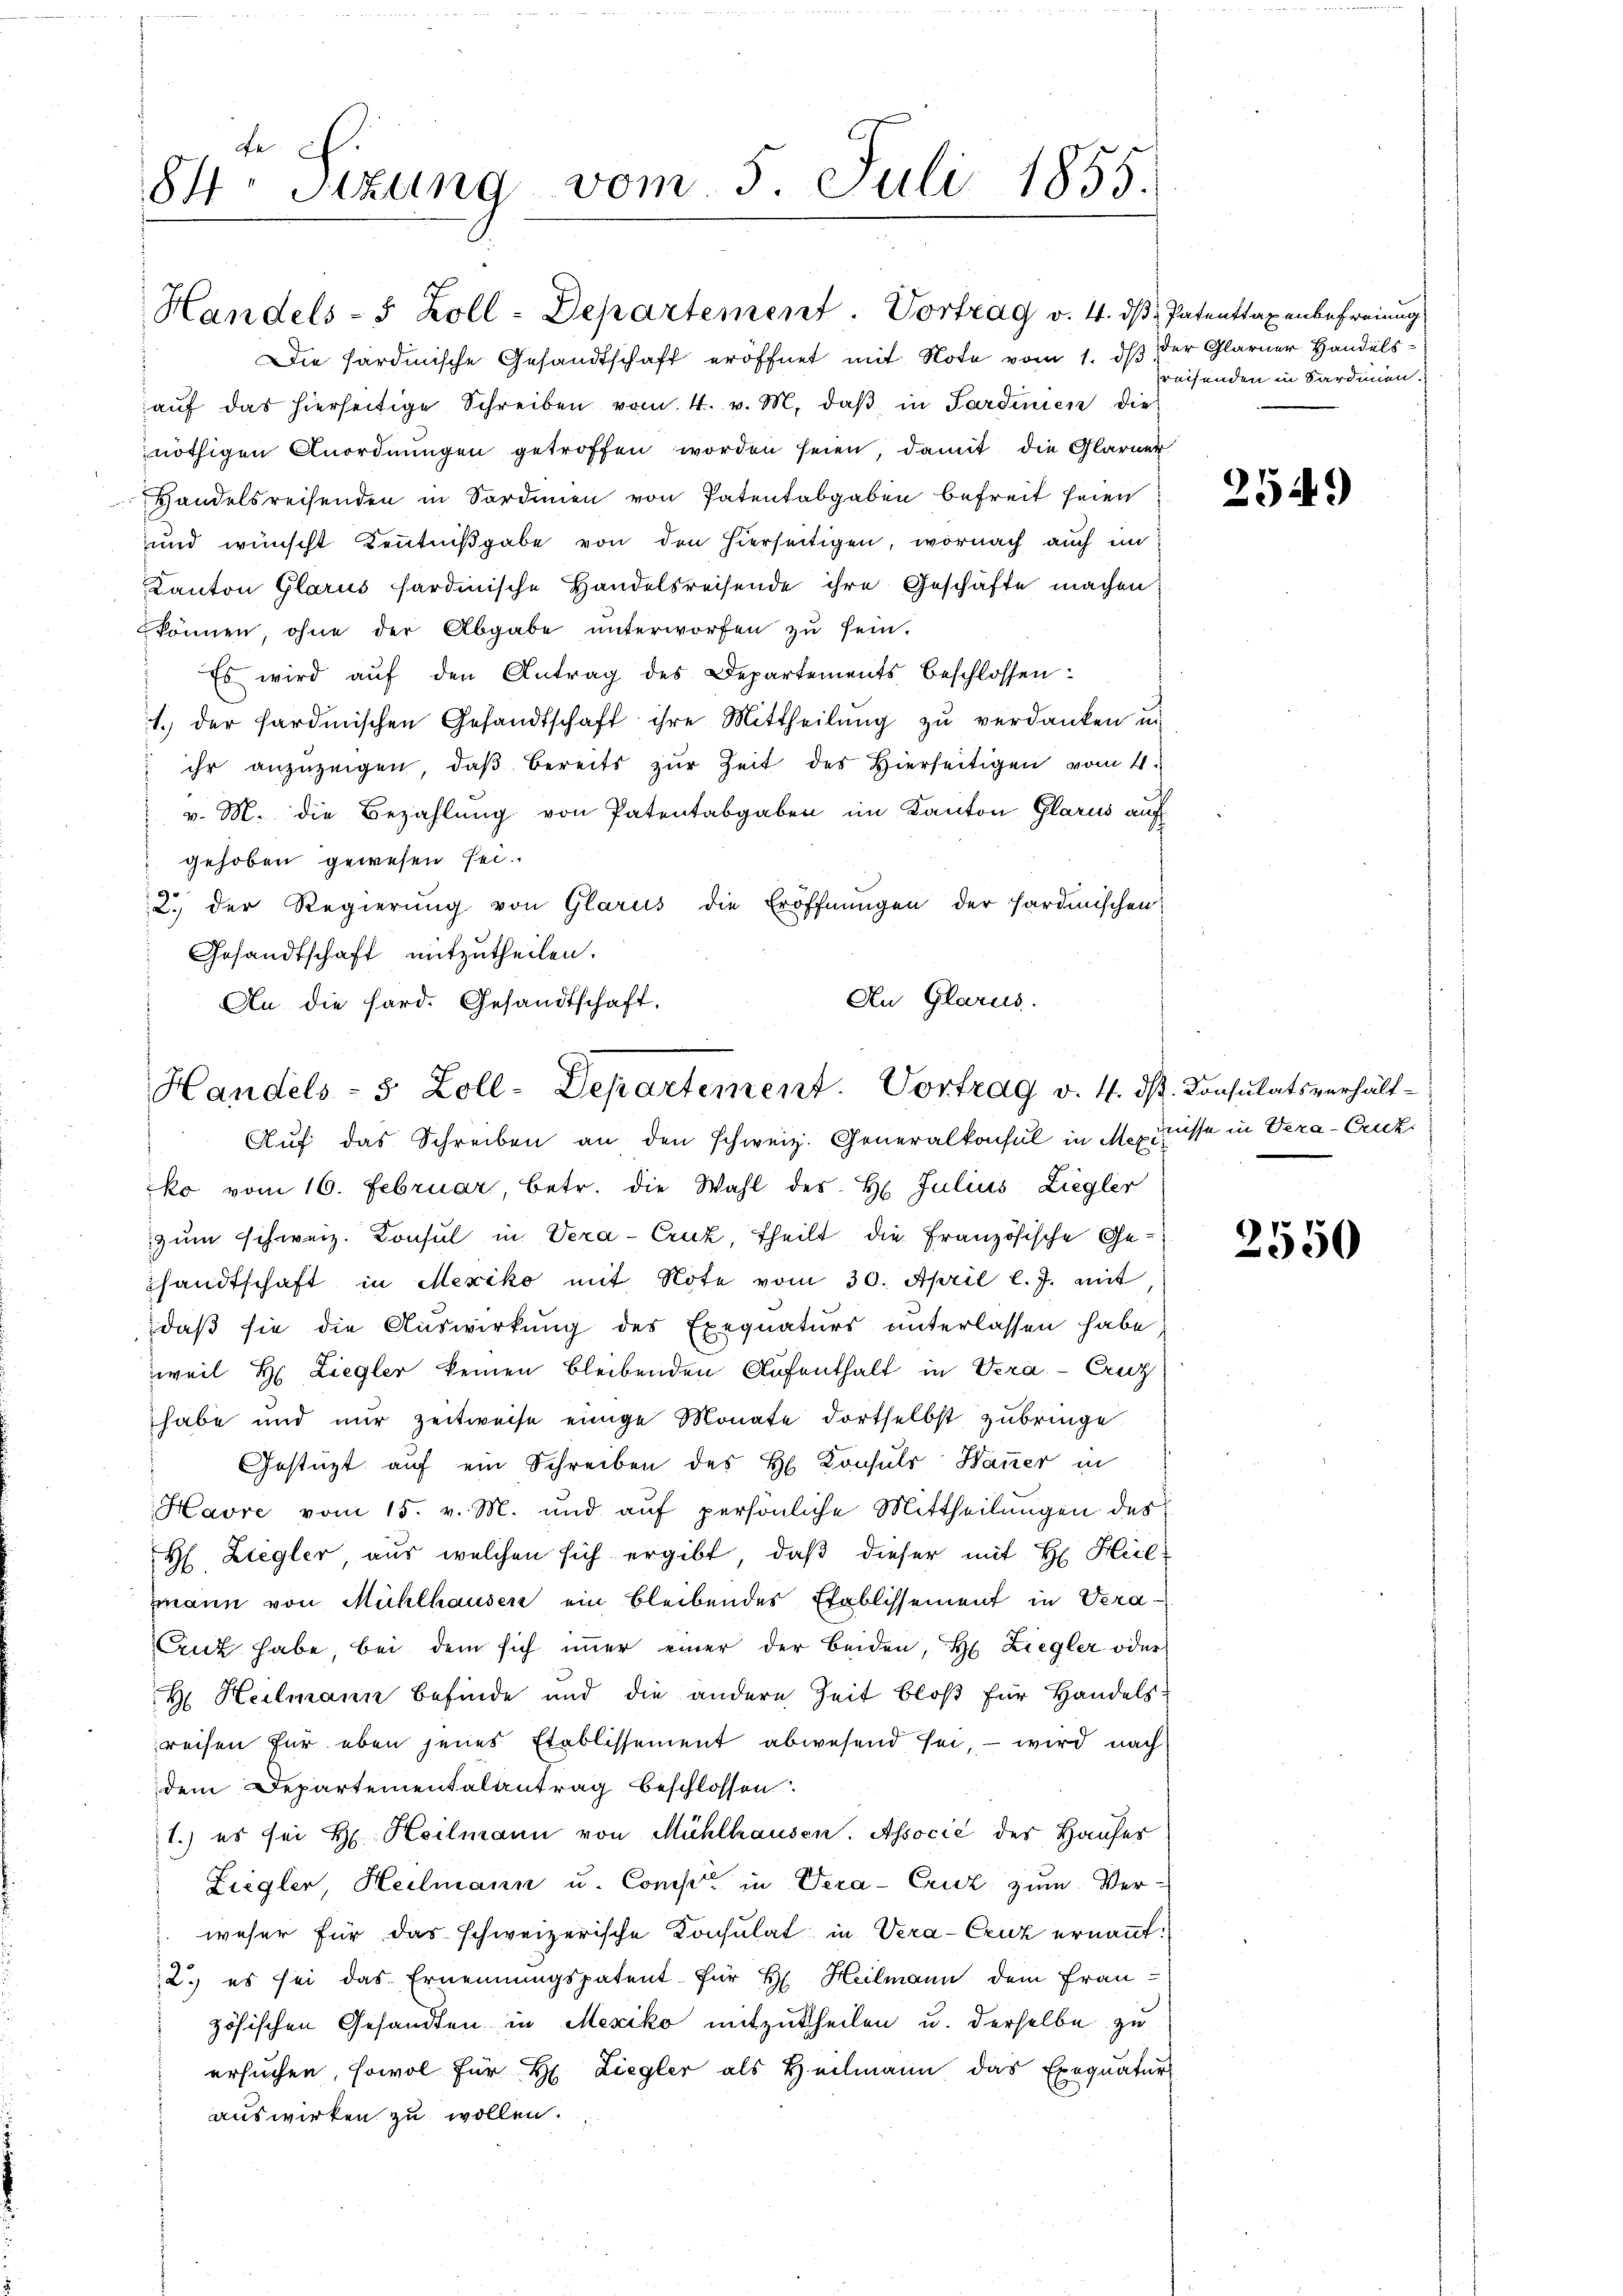
fe
84. Sizung vom 5. Juli 1855.

Handels- 5 Zoll-Departement. Vortrag v. 4. dβ. Patenttaxenbefreiung

Die sardinische Gesandtschaft eröffnet mit Note vom 1. ds der Glarner Handelsauf das hierseitige Schreiben vom 4. v. M. daβ in Sardinien dies
nöthigen Anordnungen getroffen worden seien, damit die Glarner
Handelsreisenden in Sordmien von Patentabgaben befreit seien
und wünscht Kenntnißgabe von den hierseitigen, wornach auch im
Kanton Glarus sardinische Handelsreisende ihre Geschäfte machen
können, ohne der Abgabe ŭnterworfen zŭ sein.
Es wird auf den Antrag des Departements beschlossen:
1. der fardischen Gesandtschaft ihre Mittheilŭng zŭ verdanken un
 ihr anzuzeigen, daß bereits zur Zeit des Hierseitigen vom 4.
v. M. die Bezahlŭng von Patentabgaben im Kanton Glarus auf
gehoben gewesen sei.
2.) der Regierung von Glarus die Eröffnungen der Hardmischen;
Gesandtschaft mitzutheilen.
An Glarus.
An die Sard. Gesandtschaft.

Handels- 5 Zoll-Departement. Vortrag v. 4. ds. Consulatsverhält¬

Aŭf das Schreiben an den schweiz. Generalkonsul in Mezi
ko vom 16. Februar, betr. die Wahl des H. Julius Ziegler
zum schweiz. Konsul in Vera-Cruz, theilt die Französische Ge-
sandtschaft in Mexiko mit Note vom 30. April l. J. mit,
daß sie die Auswirkung des Exequaturs unterlassen habe,
weil H: Liegler keinen bleibenden Aufenthalt in Vera-Cruz
habe und nur zeitweise einige Monate dortselbst zubringe.
Gestüzt auf ein Schreiben des Hl. Konsuls Bauer in
Havre vom 15. v. M. und auf persönliche Mittheilungen des
H. Ziegler, aus welchen sich ergibt, daß dieser mit H. Heil-
mann von Mühlhausen ein bleibendes Etablissement in Vera¬
Crut habe, bei dem sich immer einer der Beiden, H. Ziegler oder
H Heilmann befinde und die andere Zeit bloß für Handelsreisen für eben jenes Etablissement abwesend sei, – wird nach
dem Departementalantrag beschlossen:
1.) es sei H. Heilmann von Mühlhausen, Associé des Hauses
Ziegler, Heilmann u. Comper in Vera-Cruz zum Ver-
weser für das schweizerische Konsulat in Vera-Cruz ernannt:
2.) es sei das Ernennungspatent für H. Heilmann dem Frau-
zösischen Gesandten in Mexiko mitzutheilen u. derselbe zu
ersuchen, sowol für H. Liegler als Heilmann das Exequatur
auswirken zu wollen.

preisenden in Sardinien.

2549)

nisse in Vera-Crick

2550